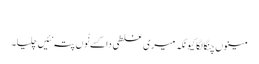
‏
مینوں چنگا لگا کیونکہ میری غلطی دا کسے نُوں پتہ نئیں چلیا۔